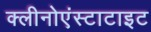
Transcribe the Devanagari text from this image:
क्लीनोएंस्टाटाइट